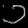
Digit: ၁